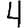
Digit: 4